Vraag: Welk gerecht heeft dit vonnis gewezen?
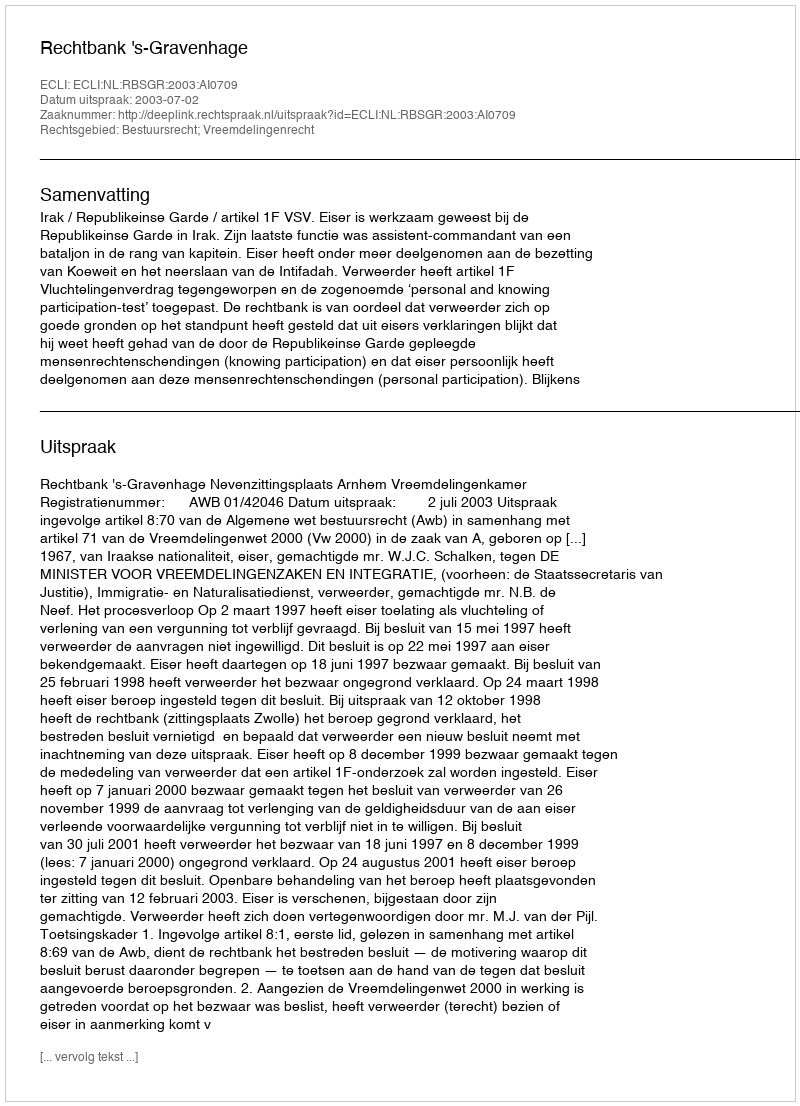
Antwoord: Rechtbank 's-Gravenhage